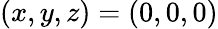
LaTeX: (x,y,z)=(0,0,0)